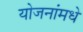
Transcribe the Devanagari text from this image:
योजनांमधे